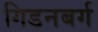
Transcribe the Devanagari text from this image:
गिडनबर्ग